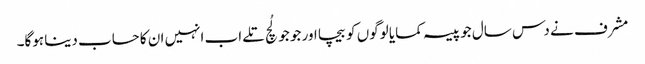
مشرف نے دس سال جو پیسہ کمایا لوگوں کو بیچا اور جو جو لُچ تلے اب انہیں ان کا حساب دینا ہوگا۔